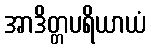
အာဒိတ္တပရိယာယံ